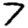
Digit: 7